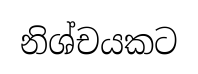
නිශ්චයකට